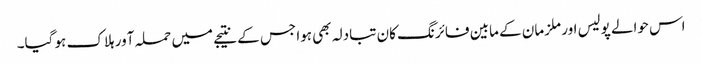
اس حوالے پولیس اور ملزمان کے مابین فائرنگ کان تبادلہ بھی ہوا جس کے نتیجے میں حملہ آور ہلاک ہو گیا۔